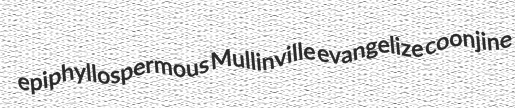
epiphyllospermous Mullinville evangelize coonjine